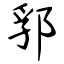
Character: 郛